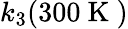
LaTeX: k_{3}(300\mathrm{~K~})